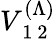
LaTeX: V_{\mathrm{~1~2~}}^{(\Lambda)}